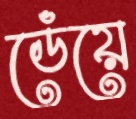
ডেঁয়ে